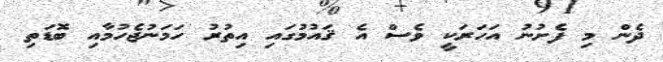
ދެން މި ފެށުނު އަހަރަކީ ވެސް އެ ޤައުމުގައި އިތުރު ހަމަނުޖެހުމާއި ބޮޑަތި